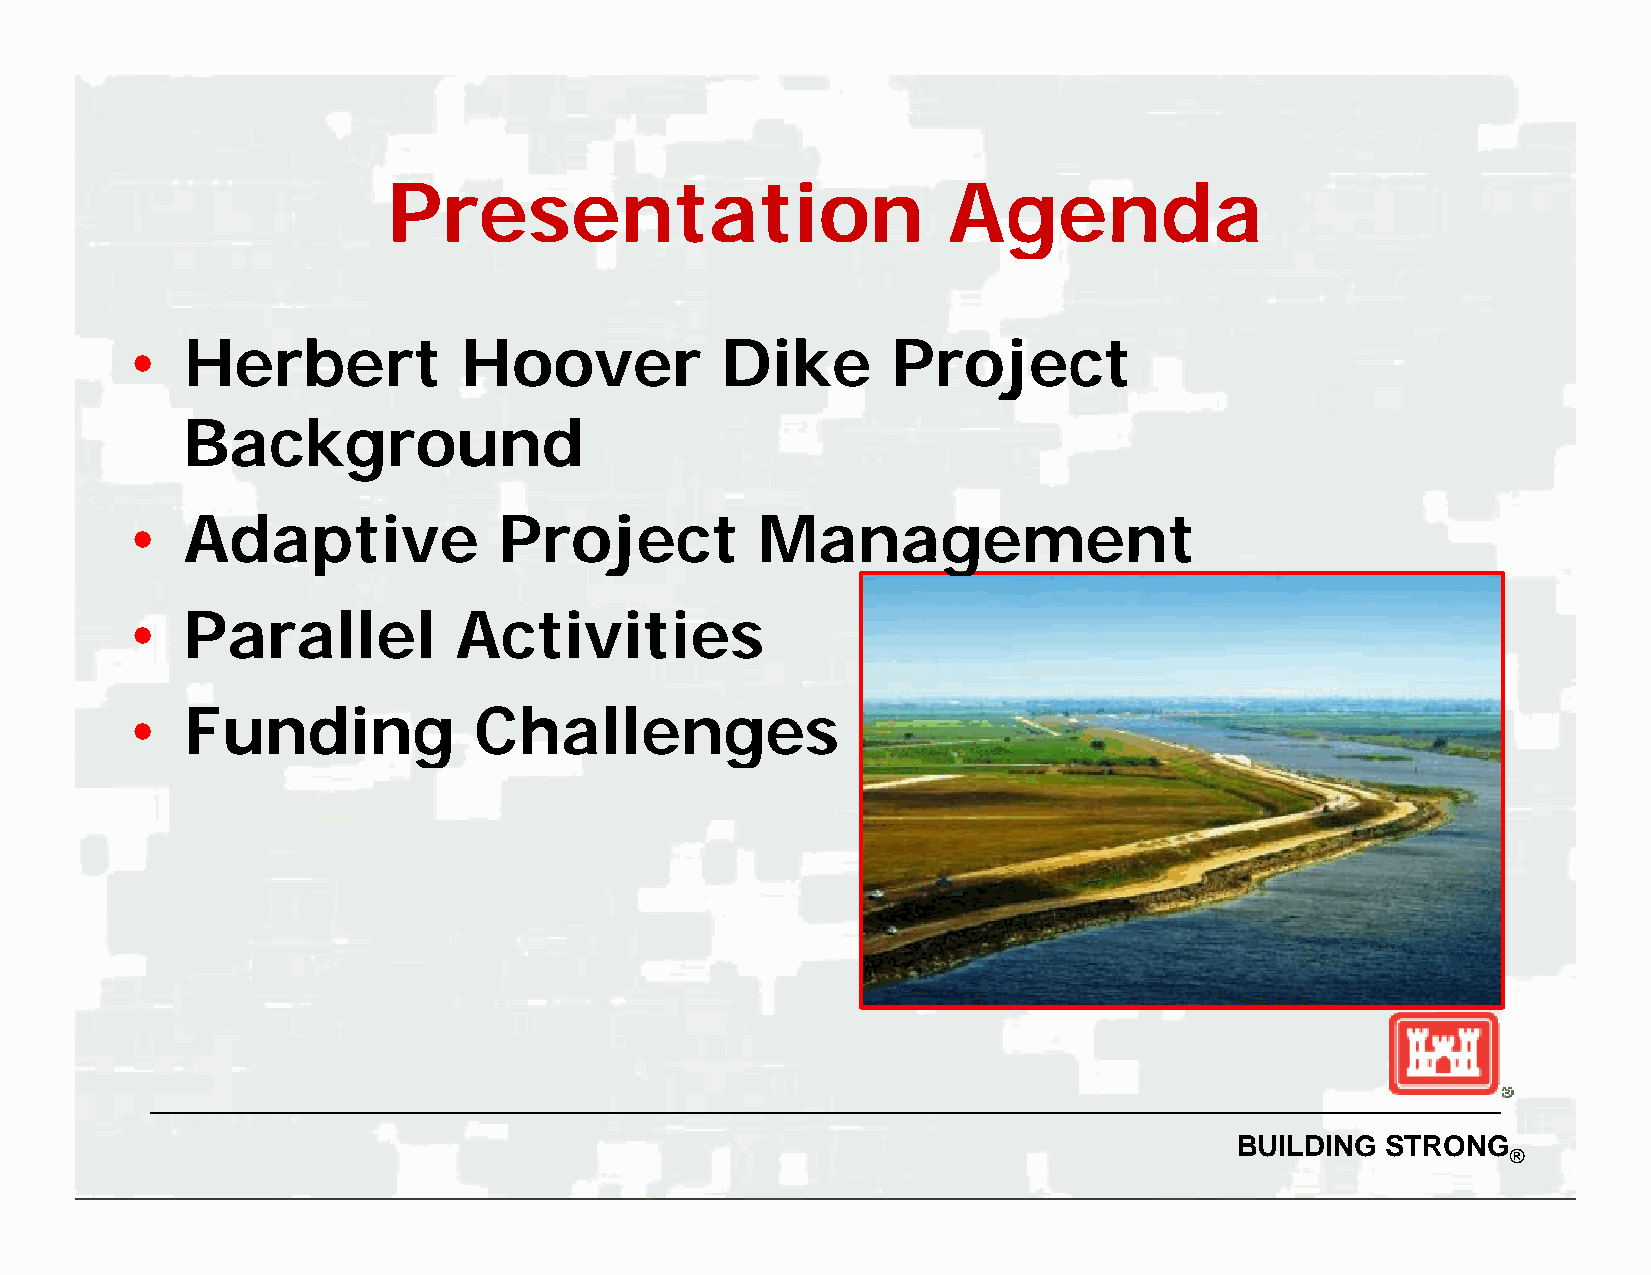
PPPPrrrreeeesssseeeennnnttttaaaattttiiiioooonnnn AAAAggggeeeennnnddddaaaa
 •   Herbert            Hoover           Dike       Projject
 Background
 •   AAddaappttiivvee     PPrroojjeecctt   MMaannaaggeemmeenntt
 •   Parallel          Activities
 •   FFunnddiinngg      CChhaalllleennggeess
 BUILDING  STRONG
 ®